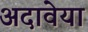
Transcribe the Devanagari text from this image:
अदावेया